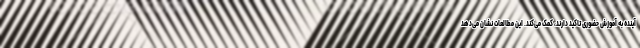
آینده به آموزش حضوری تاکید دارند، کمک می‌کند. این مطالعات نشان می‌دهد